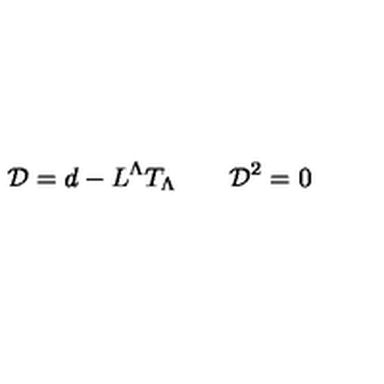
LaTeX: { \cal D } = d - L ^ { \Lambda } T _ { \Lambda } \qquad { \cal D } ^ { 2 } = 0